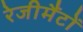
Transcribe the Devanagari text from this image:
रेजीमैंटों